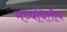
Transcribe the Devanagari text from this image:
मध्यवित्तीय